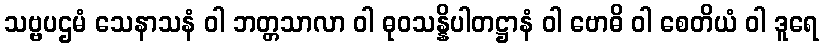
သဗ္ဗပဌမံ သေနာသနံ ဝါ ဘတ္တသာလာ ဝါ ဓုဝသန္နိပါတဋ္ဌာနံ ဝါ ဗောဓိ ဝါ စေတိယံ ဝါ ဒူရေ